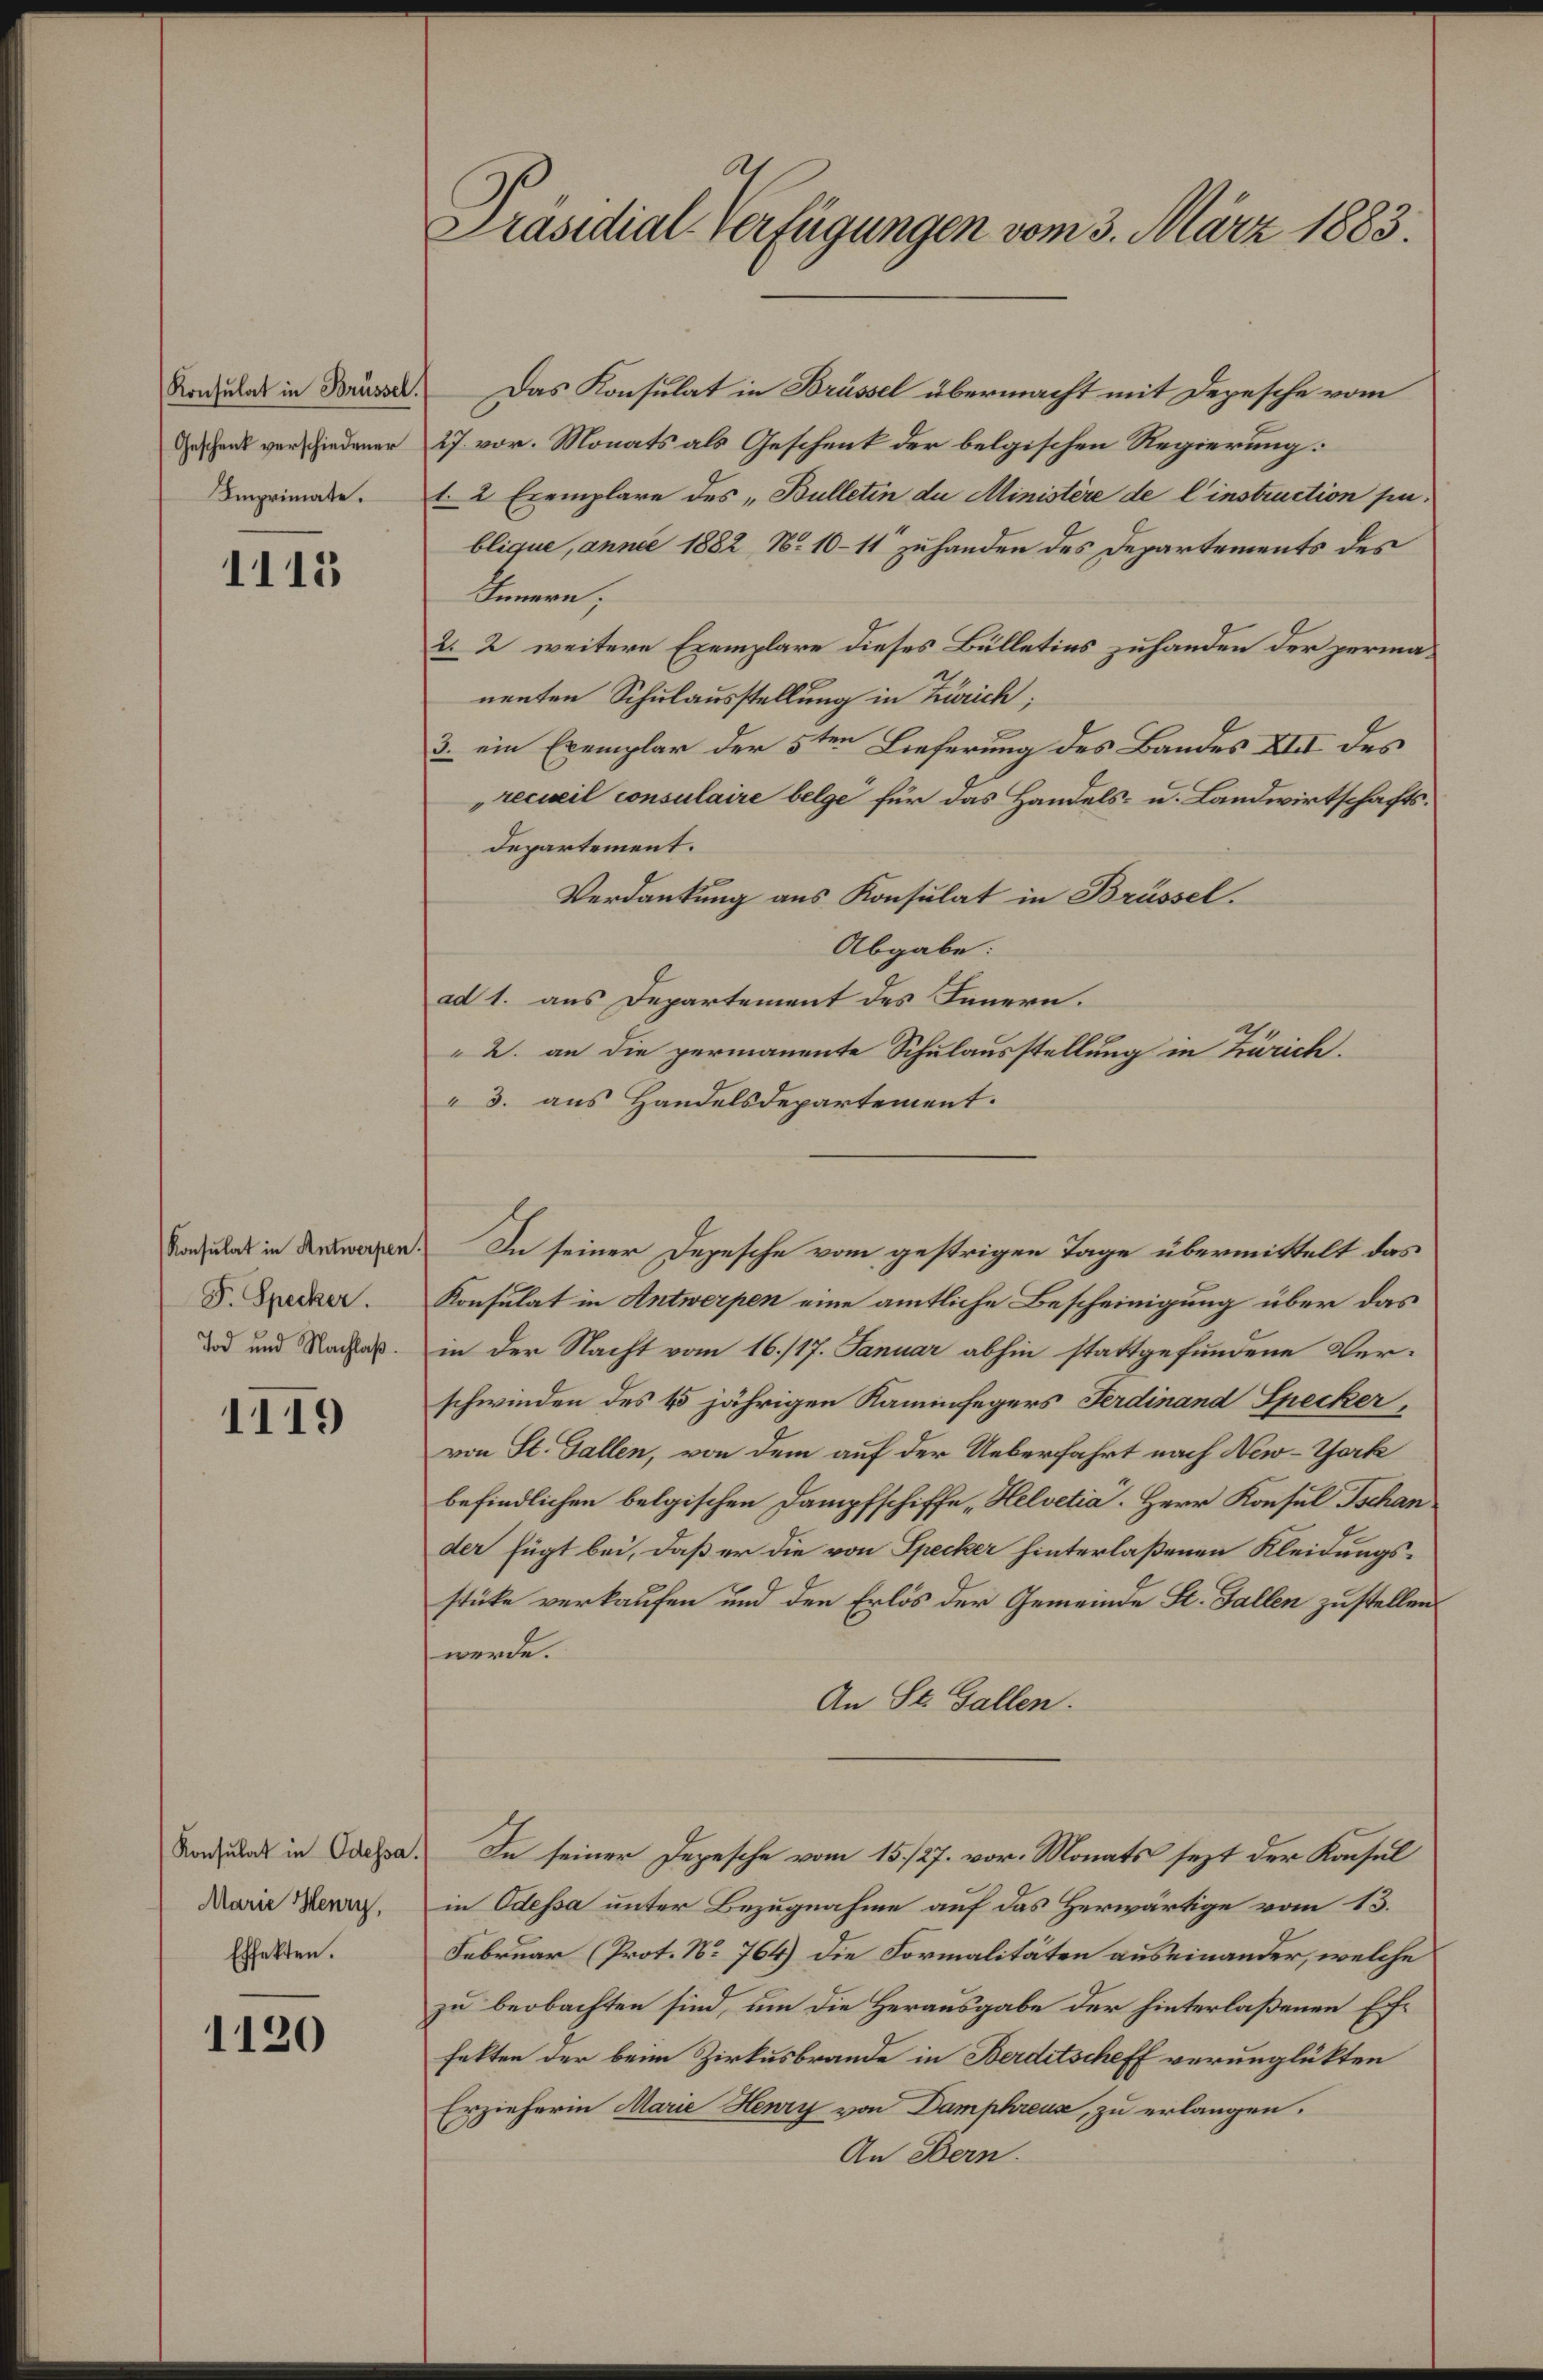
Konsulat in Brüssel.
Geschenk verschiedener
Imprimate.

1115

Konsulat in Antwerpen.
F. Specker.
Tod und Nachlaß.

1119

Konsulat in Odessa.
Marie Henry,
Effekten.

1120

A.
Präsidial-Verfügungen vom 3. März 1883.

Das Konsulat in Brüssel übermacht mit Depesche vom
27. vor. Monats als Geschenk der belgischen Regierung:
1 2 Exemplare des „Bulletin de Ministère de l’instruction publique, anne 1882, No 10–11 zuhanden des Departements des
Innern;
2. 2 weitere Exemplare dieses Bülletins zuhanden der permanenten Schulausstellung in Zürich;
3. ein Exemplar der 5ten Lieferung des Bandes XIII des
recueil consulaire belge für das Handels- u. Landwirtschaftsdepartement.
Verdankung aus Konsulat in Brüssel.
Abgabe:
ad 1. aus Departement des Innern.
2. an die permanente Schulausstellung in Zürich.
3. aus Handelsdepartement.
Konsulat in Antwerpen eine amtliche Bescheinigung über das
in der Nacht vom 16./17. Januar abhin stattgefundene Verschwinden des 15 jährigen Kaminfegers Ferdinand Specker,
von St. Gallen, von dem auf der Ueberfahrt nach New-York
befindlichen belgischen Dampfschiffe „Helvetia. Herr Konsul Tschan.
der fügt bei, daß er die von Specker hinterlaßenen Kleidungsstücke verkaufen und den Erlös der Gemeinde St. Gallen zustellen
werde.
An St. Gallen.
In seiner Depesche vom 15./27. vor. Monats sezt der Konsul
in Odessa unter Bezugnahme auf das Herwärtige vom 13.
Februar (Prot. No 764) die Formalitäten auseinander, welche
zu beobachten sind, um die Herausgabe der hinterlaßenen Effekten der beim Zirkusbrande in Berditscheff verunglükten
Erzieherin Marie Henry von Damphreux, zu erlangen.
An Bern.

In seiner Depesche vom gestrigen Tage übermittelt das